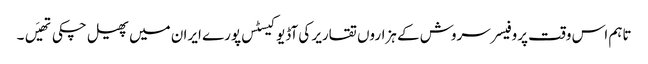
تاہم اس وقت پروفیسر سروش کے ہزاروں تقاریر کی آڈیو کیسٹس پورے ایران میں پھیل چکی تھیَں۔